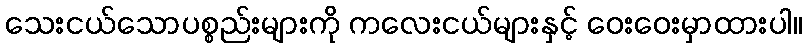
သေးငယ်သောပစ္စည်းများကို ကလေးငယ်များနှင့် ဝေးဝေးမှာထားပါ။